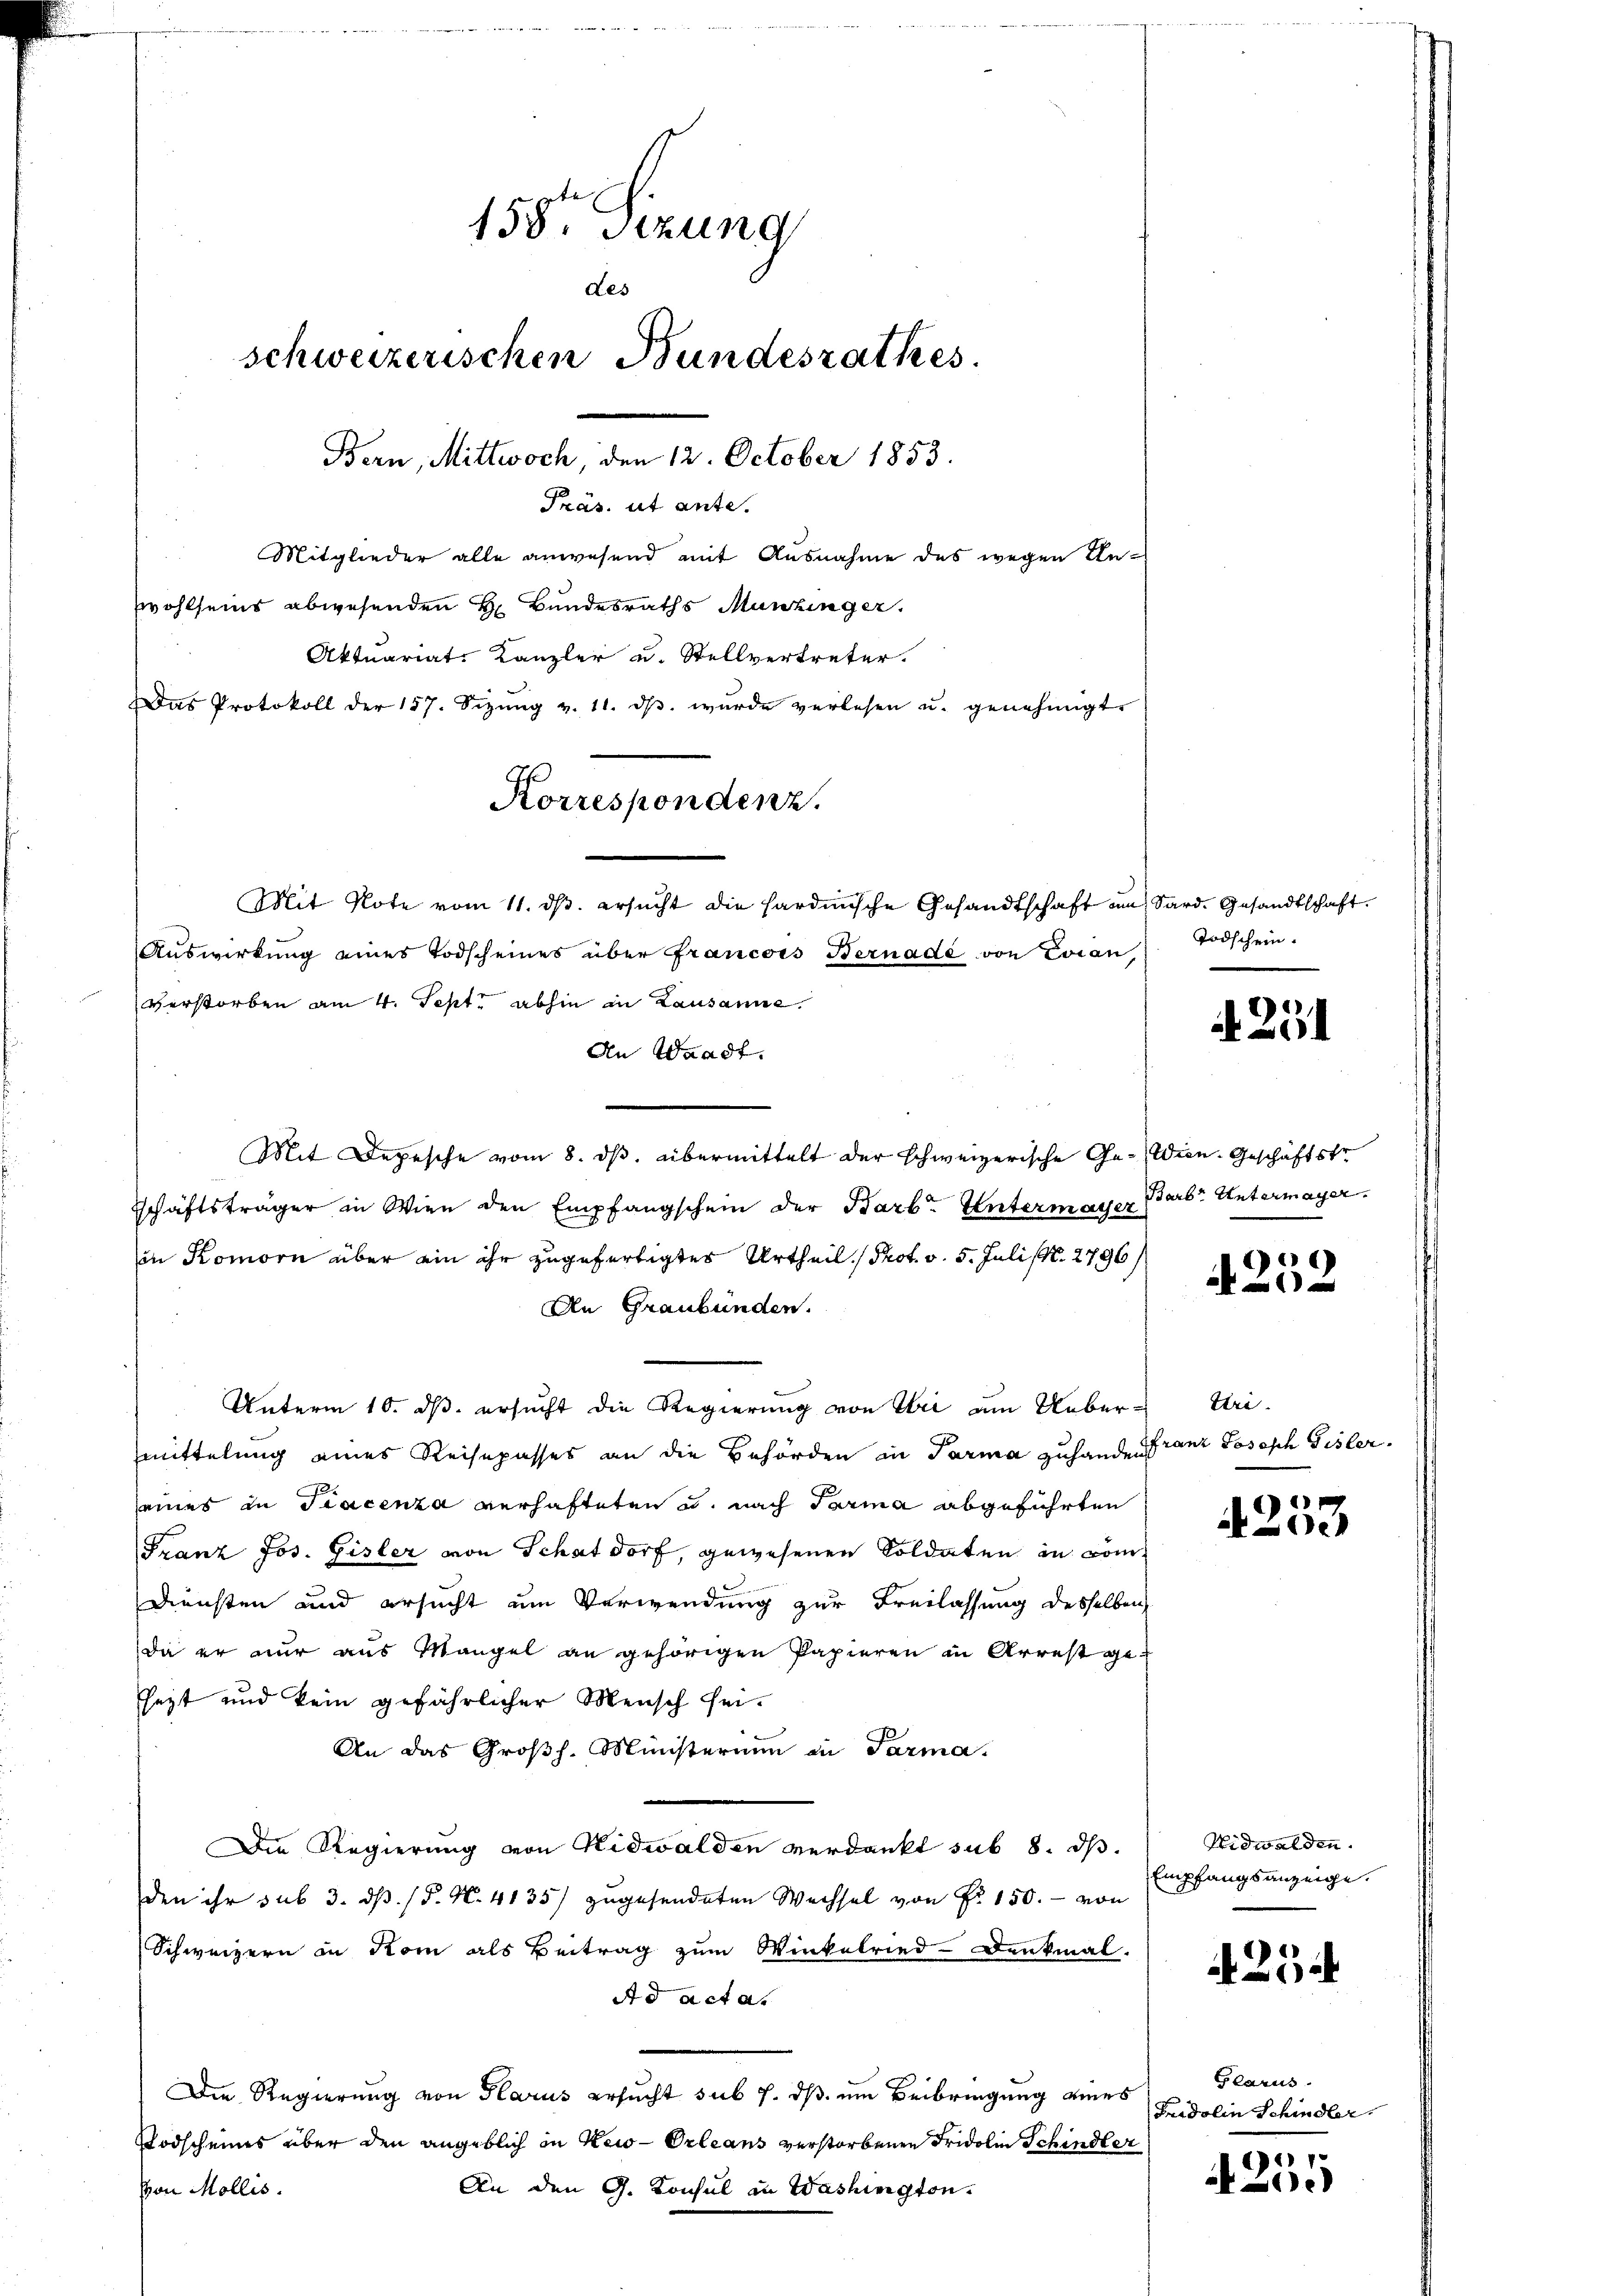
158. Sitzung
des
schweizerischen Bundesrathes
Bern, Mittwoch den 12. October 1853.
Präs. ut ante.
Mitglieder alle anwesend mit Ausnahme des wegen Unwohlseins abwesenden H. Bundesraths Munzinger.
Aktuariat-Kanzler u. Stellvertreter.
Das Protokoll der 157. Sizŭng v. 11. dβ. wurde verlesen u. genehmigt.

Mit Note vom 11. dβ. ersŭcht die hardische Gesandtschaft im Sard. Gesandtschaft.
Auswirkung eines Todscheines über Francois Bernade von Evian,
verstorben am 4. Sept. abhin in Lausanne.
An Waadt.
Mit Depesche vom 8. ds. übermittelt der schweizerische Ge-Wien. Geschäftstr
schäftsträger in Wien den Empfangschein der Barb. Untermaier
in Komorn über ein ihr zugefertigtes Urtheil, Prot. v. 5. Juli (N. 2796)
An Graubünden.
Unterm 10. ds. ersucht die Regierung von Sei am Ueber-Uri
mittelung eines Reisepasses an die Behörden in Parma zuhanden franz Joseph Gisler
seines in Tracenza verhafteten u. nach Tarina abgeführten
Franz Jos. Gisler von Schat dorf, gewesenen Soldaten in Com¬
Diensten und ersucht um Verwendung zur Freilassung desselben
da er nur aus Mangel an gehörigen Papieren in Arrest gesezt und kein gefährlicher Mensch sei¬
An das Großh. Ministerium in Parma.
Die Regierung von Nidwalden verdankt sub 8. ds.
den ihr sub 3. dß. / 5. N. 4135) zugesendeten Wechsel von Fr. 150.- von
Schweizern in Rom als Beitrag zum Winkelried-Denkmal.
Ad acta.
Die Regierung von Glarus ersucht sub 7. ds um Beibringung eines
Todscheines über den angeblich in Keio-Orleans verstorbenen Fridolin Schindler
An den G. Konsul in Washington.
von Mollis.

Korrespondenz.

Todschein.

Zöl

Barbr Untermayer.

252

4253

Nidwalden.
Empfangsanzeige.

252

Glarus.
Fridolin Schindler

1
41).